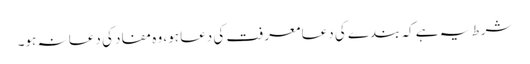
شرط یہ ہے کہ بندے کی دعا معرفت کی دعا ہو، وہ مفاد کی دعا نہ ہو۔